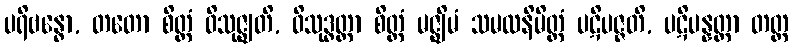
ပရိဗန္ဓော, တတော စိတ္တံ ဝိသုဇ္ဈတိ, ဝိသုဒ္ဓတ္တာ စိတ္တံ မဇ္ဈိမံ သမထနိမိတ္တံ ပဋိပဇ္ဇတိ, ပဋိပန္နတ္တာ တတ္ထ